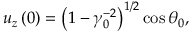
u _ { z } \left( 0 \right) = \left( 1 - \gamma _ { 0 } ^ { - 2 } \right) ^ { 1 / 2 } \cos \theta _ { 0 } ,